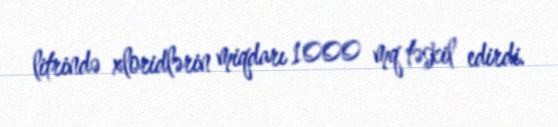
litrində xloridlərin miqdarı 1000 mq təşkil edirdi.